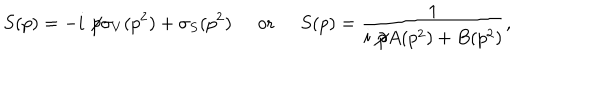
LaTeX: S ( p ) = - i \not \! p \sigma _ { V } ( p ^ { 2 } ) + \sigma _ { S } ( p ^ { 2 } ) \; \; \mathrm { o r } \; \; S ( p ) = \frac { 1 } { i \not \! p A ( p ^ { 2 } ) + B ( p ^ { 2 } ) } ,